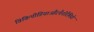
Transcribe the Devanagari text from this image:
विकिपीडियाऔरपैनोरैमियो